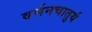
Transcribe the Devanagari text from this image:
वर्णनचातुर्य